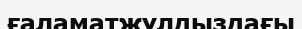
ғаламатжұлдыздағы